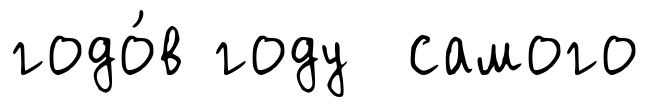
годо́в году самого